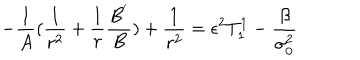
LaTeX: - \frac { 1 } { A } ( \frac { 1 } { r ^ { 2 } } + \frac { 1 } { r } \frac { B ^ { ' } } { B } ) + \frac { 1 } { r ^ { 2 } } = \epsilon ^ { 2 } T _ { 1 } ^ { 1 } - \frac { \beta } { \sigma _ { 0 } ^ { 2 } }